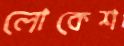
লোকেশ